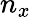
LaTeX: n_{x}